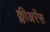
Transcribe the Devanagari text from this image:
क्लीअरेंस